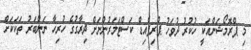
މި ޕްރޮމޯޝަންއަކީ ހުކުރު ދުވަހު ޕްރިޕެއިޑް ކަސްޓަމަރުންނަށް ދިރާގުގެ ހުރިހާ ނަންބަރު ތަކަކަށް